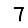
Digit: 7